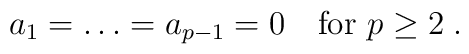
a_1=\ldots=a_{p-1}=0 \quad \mbox{for}\ p\geq2\;.